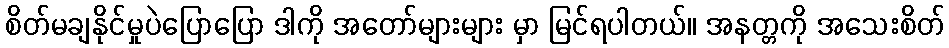
စိတ်မချနိုင်မှုပဲပြောပြော ဒါကို အတော်များများ မှာ မြင်ရပါတယ်။ အနတ္တကို အသေးစိတ်